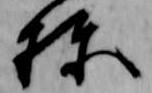
棟